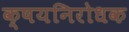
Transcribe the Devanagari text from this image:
क्षयनिरोधक